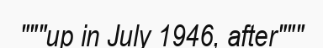
"""up in July 1946, after"""